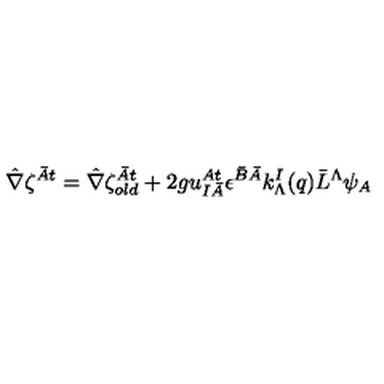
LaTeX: \hat { \nabla } \zeta ^ { \bar { A } t } = \hat { \nabla } \zeta _ { o l d } ^ { \bar { A } t } + 2 g u _ { I \bar { A } } ^ { A t } \epsilon ^ { \bar { B } \bar { A } } k _ { \Lambda } ^ { I } ( q ) { \bar { L } } ^ { \Lambda } \psi _ { A }